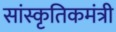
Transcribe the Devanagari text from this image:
सांस्कृतिकमंत्री